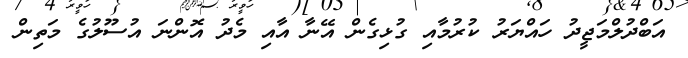
އަބްދުލްމަޖީދު ހައްޔަރު ކުރުމާއި ގުޅިގެން އޭނާ އާއި މެދު އޮންނަ އުސޫލުގެ މަތިން